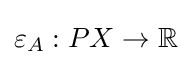
\varepsilon _{A}:PX\to \mathbb {R}